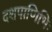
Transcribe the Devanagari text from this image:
दशपाणिभिः